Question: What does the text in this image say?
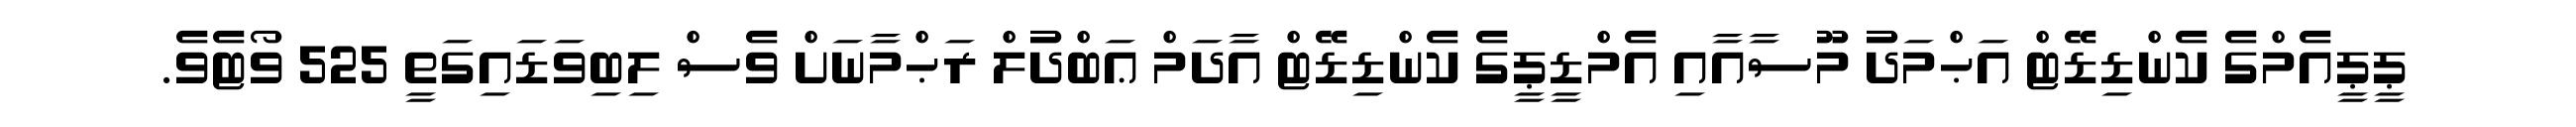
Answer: ޕީޕީއެމްގެ ކެންޑިޑޭޓް އަޙްމަދު މޫސާއާއި އެމްޑީޕީގެ ކެންޑިޑޭޓް އާދަމް ޢަބްދުލް ރަޙްމާނަށް ވެސް ލިބިވަޑައިގަތީ 525 ވޯޓެވެ.